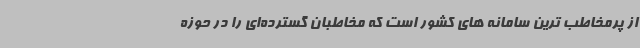
از پرمخاطب ترین سامانه های کشور است که مخاطبان گسترده‌ای را در حوزه